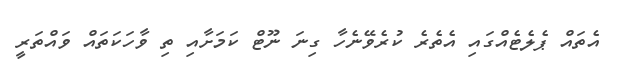
އެތައް ޕެލެޓެއްގައި އެތެރެ ކުރެވޭނެހާ ގިނަ ނޫޓް ކަމަށާއި ތި ވާހަކަތައް ވައްތަރީ